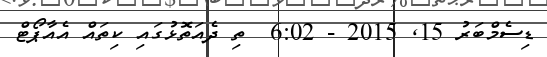
ޑިސެމްބަރު 15